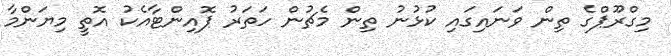
މިގްރޫޕްގެ ތިން ވަނައިގައި ކުޅުނު ތިން މެޗުން ހަތަރު ޕޮއިންޓާއެކު އޮތީ މިޔަންމާ